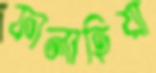
ফালাহিয়া